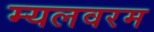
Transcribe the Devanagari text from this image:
म्यलवरम